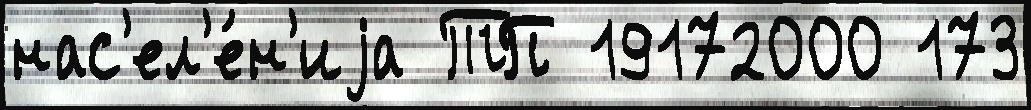
нас'ел'е́н'иjа ТП 19172000 173